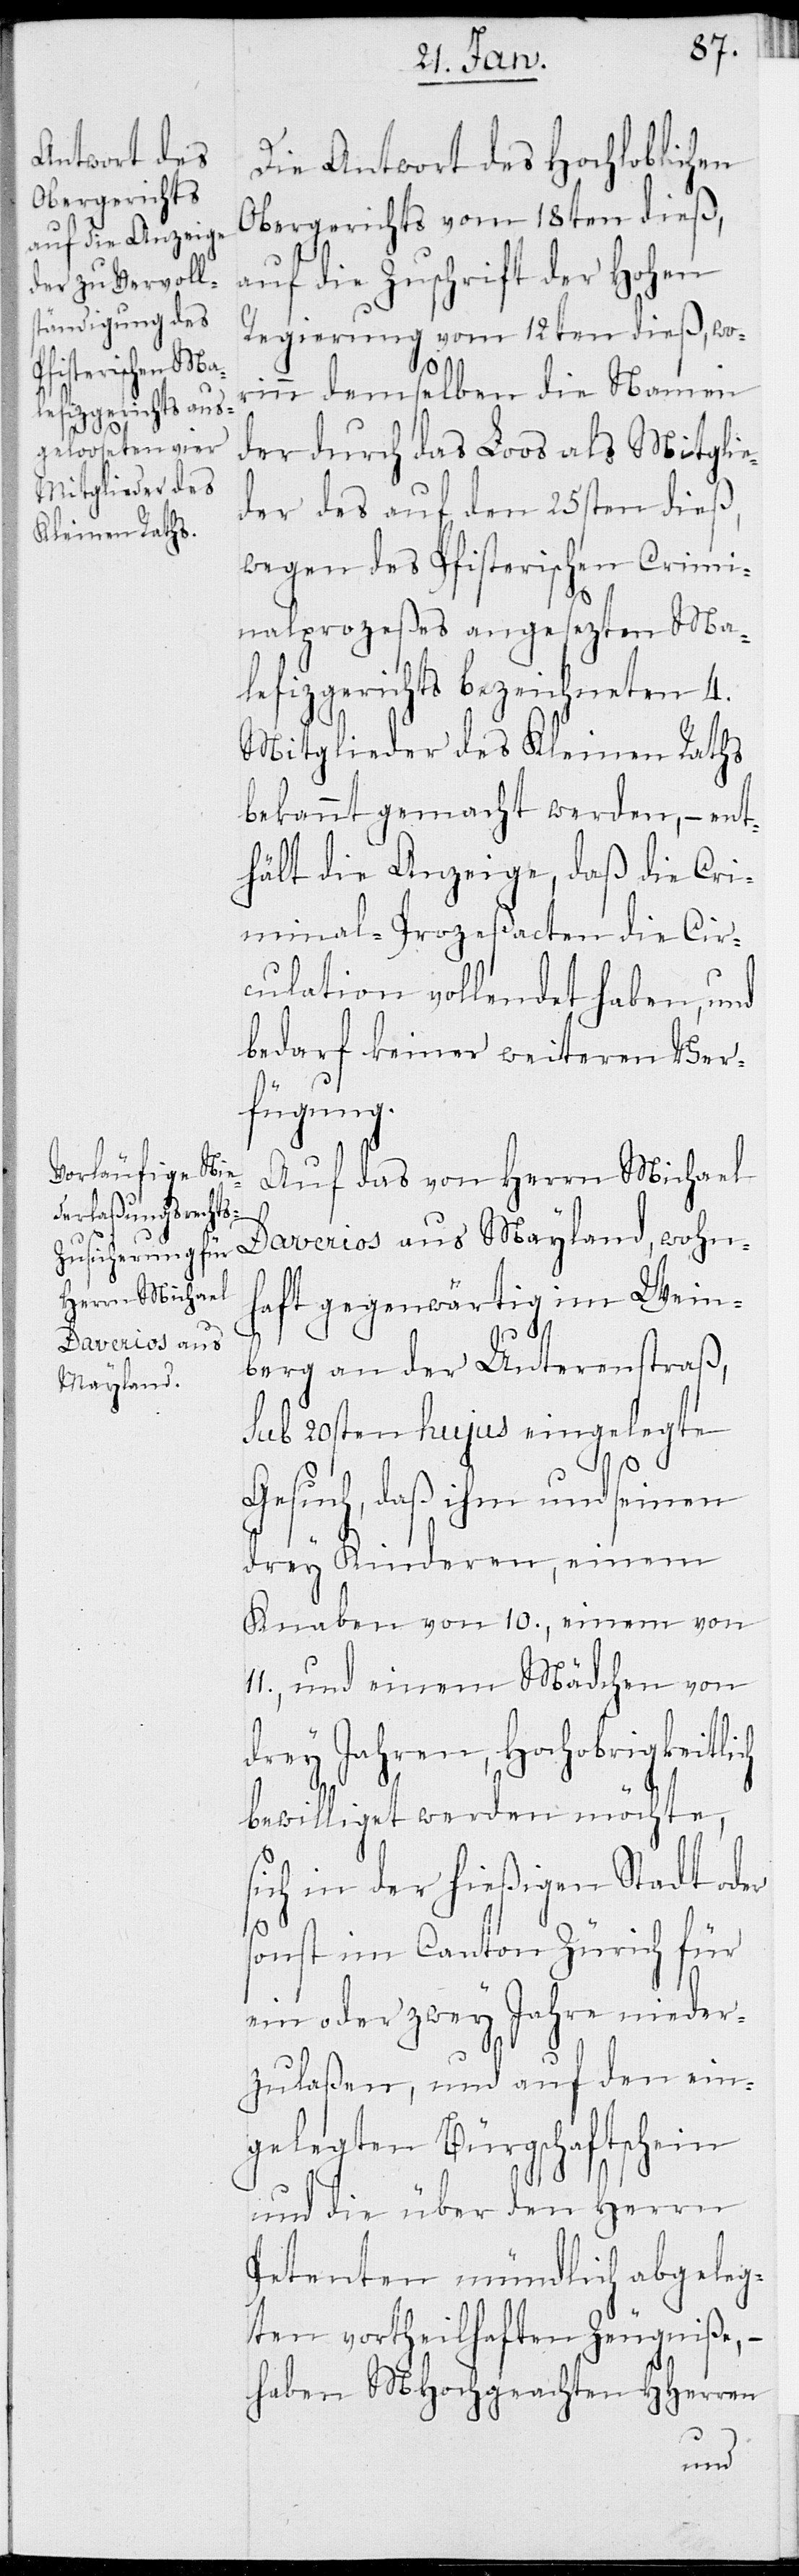
Die Antwort des Hochloblichen
Obergerichts vom 18ten dieß,
auf die Zuschrift der Hohen
Regierung vom 12ten dieß, wor¬
inn demselben die Namen
der durch das Loos als Mitglie¬
der des auf den 25sten dieß,
wegen des Pfisterischen Crimi¬
nalprozeßes angesezten Ma¬
lefizgerichts bezeichneten 4.
Mitglieder des Kleinen Raths
bekannt gemacht werden, – ent¬
hält die Anzeige, daß die Cri¬
minal-Prozeßacten die Cir¬
culation vollendet haben, und
bedarf keiner weiteren Ver¬
fügung.
Auf das von Herrn Michael
Daverios aus Mayland, wohn¬
haft gegenwärtig im Wein¬
berg an der Unterenstraß,
sub 20sten hujus eingelegte
Gesuch, daß ihm und seinen
drey Kinderen, einem
Knaben von 10., einem von
11., und einem Mädchen von
drey Jahren, Hochobrigkeitlich
bewilliget werden möchte,
sich in der hießigen Stadt oder
sonst im Canton Zürich für
ein oder zwey Jahre nieder¬
zulaßen, und auf den ein¬
gelegten Bürgschaftschein
und die über den Herrn
Petenten mündlich abgeleg¬
ten vortheilhaften Zeugniße, –
haben MHochgeachten HHerren